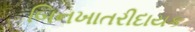
બિનખાતરીદાયક